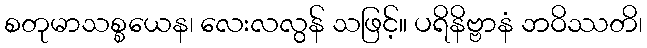
စတုမာသစ္စယေန၊ လေးလလွန် သဖြင့်။ ပရိနိဗ္ဗာနံ ဘဝိဿတိ၊